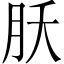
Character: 𬁷